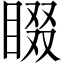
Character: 𭿁